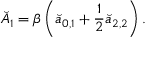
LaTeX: \breve { A } _ { 1 } = \beta \left( \breve { a } _ { 0 , 1 } + \frac 1 2 \breve { a } _ { 2 , 2 } \right) .